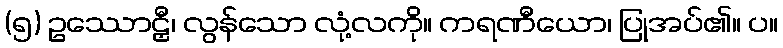
(၅) ဥဿောဠှီ၊ လွန်သော လုံ့လကို။ ကရဏီယော၊ ပြုအပ်၏။ ပ။